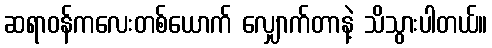
ဆရာဝန်ကလေးတစ်ယောက် လျှောက်တာနဲ့ သိသွားပါတယ်။